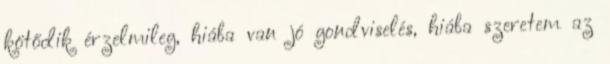
kötődik érzelmileg, hiába van jó gondviselés, hiába szeretem az